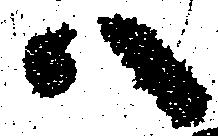
ハ